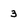
Character: 3